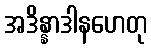
အဒိန္နာဒါနဟေတု